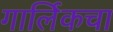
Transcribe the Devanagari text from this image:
गार्लिकचा